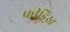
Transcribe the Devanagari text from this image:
फ्रीड्रिख़